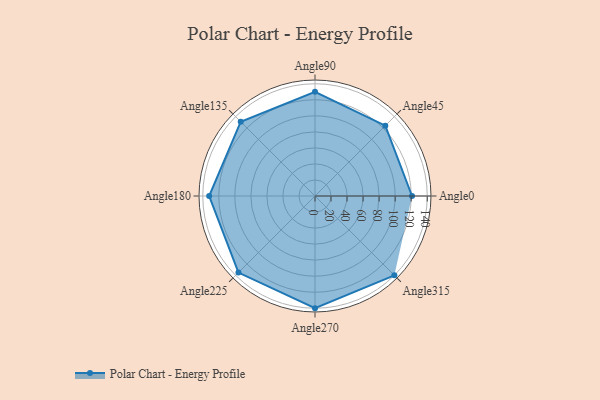
{"axis": {"x": "Angle", "y": "Radius"}, "legend": [""], "data": [{"x": "Angle0", "y": 121.0, "type": ""}, {"x": "Angle45", "y": 124.0, "type": ""}, {"x": "Angle90", "y": 130.0, "type": ""}, {"x": "Angle135", "y": 131.0, "type": ""}, {"x": "Angle180", "y": 132.0, "type": ""}, {"x": "Angle225", "y": 135.0, "type": ""}, {"x": "Angle270", "y": 140.0, "type": ""}, {"x": "Angle315", "y": 140.0, "type": ""}]}